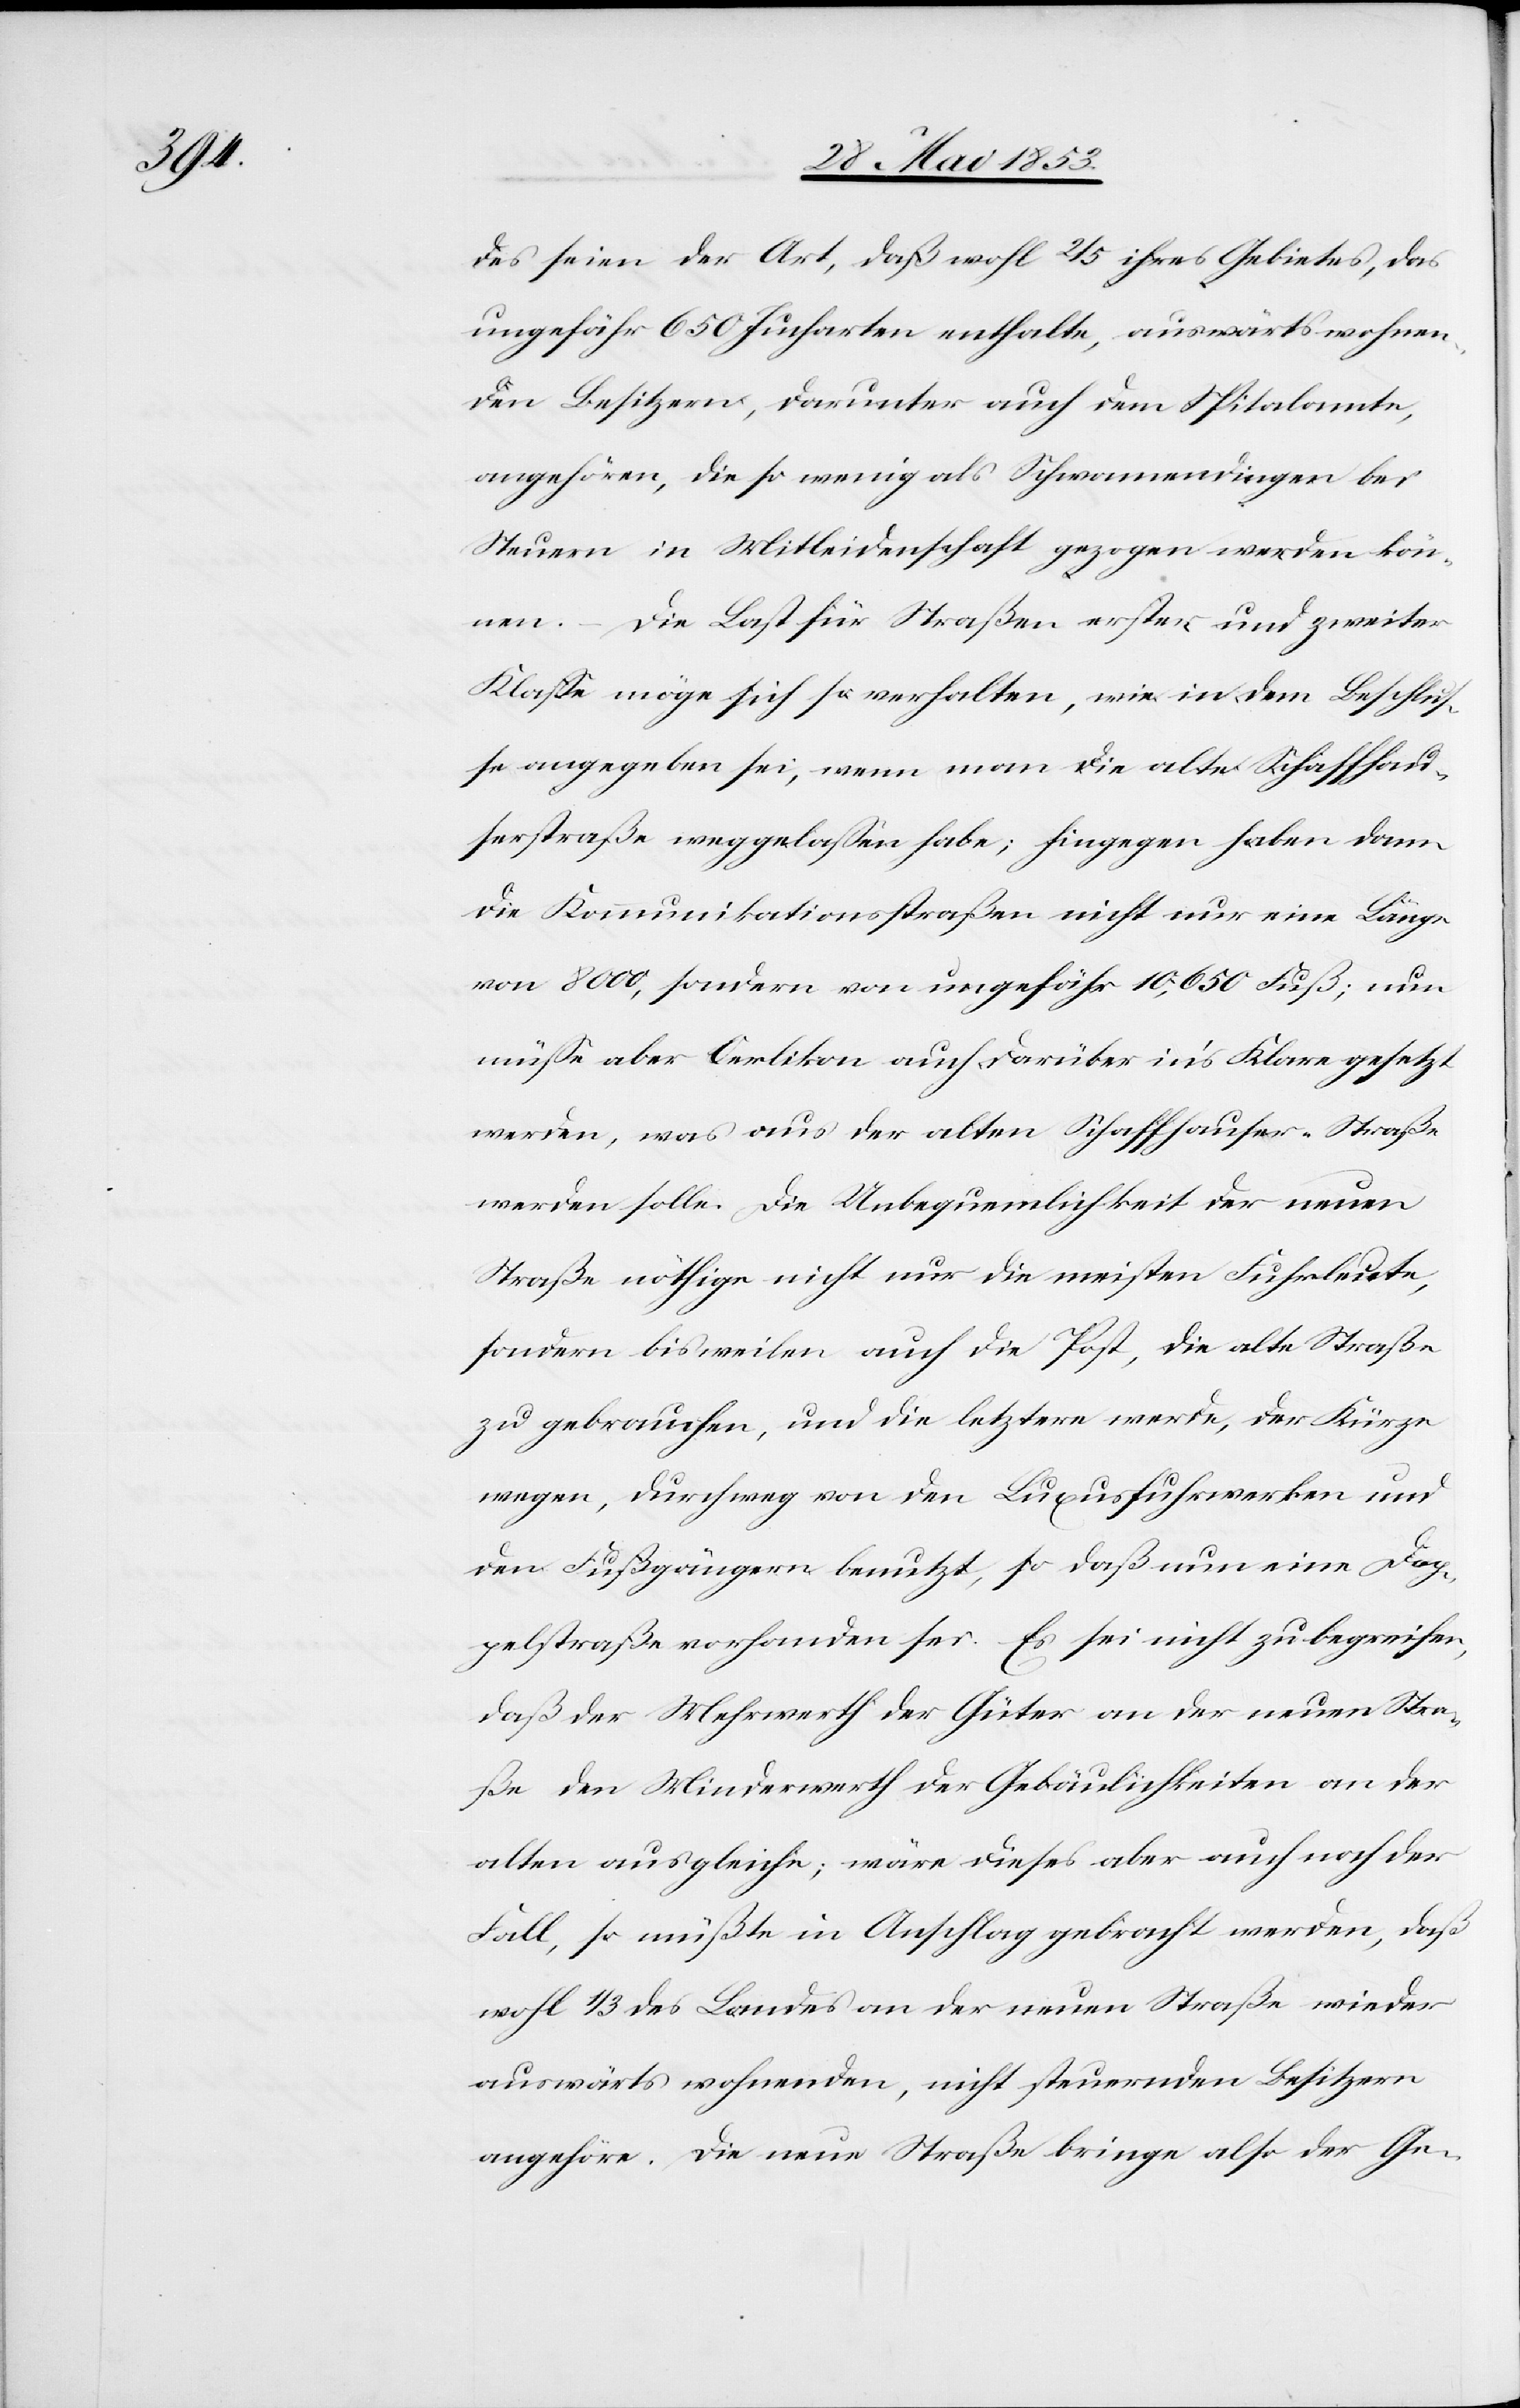
des seien der Art, daß wohl 2/5 ihres Gebietes, das
ungefähr 650 Jucharten enthalte, auswärts wohnen¬
den Besitzern, darunter auch dem Spitalamte,
angehören, die so wenig als Schwamendingen bei
Steuern in Mitleidenschaft gezogen werden kön¬
nen. – Die Last für Straßen erster und zweiter
Klaße möge sich so verhalten, wie in dem Beschluß¬
e angegeben sei, wenn man die alte Schaffhau¬
serstraße weggelaßen habe, hingegen haben dann
die Kommunikationsstraßen nicht nur eine Länge
von 8000, sondern von ungefähr 10,650 Fuß; nun
müße aber Oerlikon auch darüber in’s Klare gesetzt
werden, was aus der alten Schaffhauser-Straße
werden solle. Die Unbequemlichkeit der neuen
Straße nöthige nicht nur die meisten Fuhrleute,
sondern bisweilen auch die Post, die alte Straße
zu gebrauchen, und die letztere werde, der Kürze
wegen, durchweg von den Luxusfuhrwerken und
den Fußgängern benutzt, so daß nun eine Dop¬
pelstraße vorhanden sei. Es sei nicht zu begreifen,
daß der Mehrhwerth der Güter an der neuen Stra¬
ße den Minderwerth der Gebäulichkeiten an der
alten ausgleiche; wäre dieses aber auch noch der
Fall, so müßte in Anschlag gebracht werden, daß
wohl 1/3 des Landes an der neuen Straße wieder
auswärts wohnenden, nicht steuernden Besitzern
angehöre. Die neue Straße bringe also der Ge-